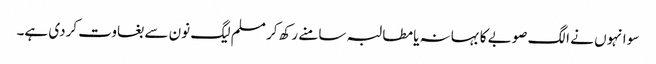
سو انہوں نے الگ صوبے کا بہانہ یا مطالبہ سامنے رکھ کر مسلم لیگ نون سے بغاوت کردی ہے۔